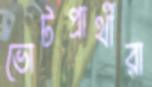
ভোটপ্রার্থীরা